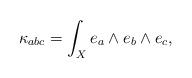
LaTeX: \begin{align*}\kappa_{abc} = \int_X e_a\wedge e_b\wedge e_c,\end{align*}